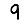
Digit: 9